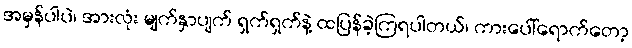
အမှန်ပါပဲ၊ အားလုံး မျက်နှာပျက် ရှက်ရှက်နဲ့ ထပြန်ခဲ့ကြရပါတယ်၊ ကားပေါ်ရောက်တော့